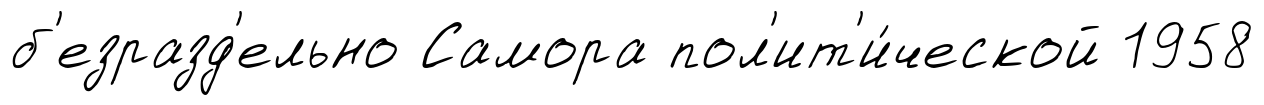
б'езразд'ельно Самора пол'ит'и́ческой 1958